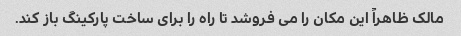
مالک ظاهراً این مکان را می فروشد تا راه را برای ساخت پارکینگ باز کند.